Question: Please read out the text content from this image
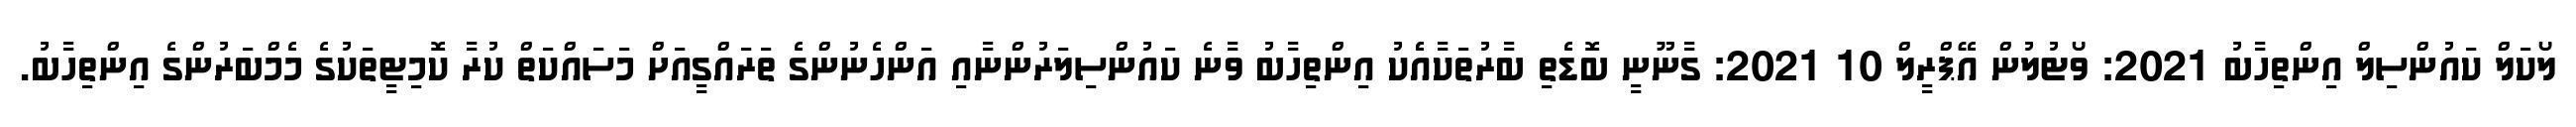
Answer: ލޯކަލް ކައުންސިލް އިންތިހާބު 2021: ވޯޓުލުން އޭޕްރީލް 10 2021: ގާނޫނީ ބޮޑެތި ބާރުތަކާއެެކު އިންތިހާބު ވާނެ ކައުންސިލަރުންނާއި އަންހެނުންގެ ތަރައްގީއަށް މަސައްކަތް ކުރާ ކޮމިޓީތަކުގެ މެމްބަރުންގެ އިންތިހާބު.